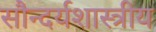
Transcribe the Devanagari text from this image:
सौन्दर्यशास्त्रीय